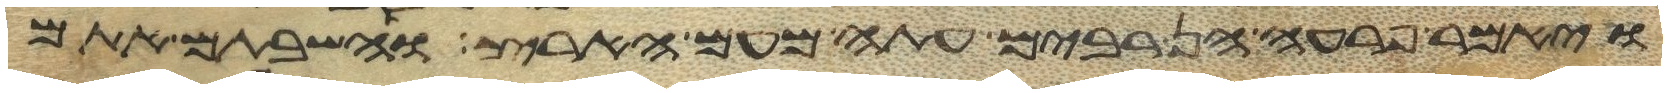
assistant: ויאמר פרעה הן רבים עתה מעם הארץ והשבתם אתם